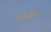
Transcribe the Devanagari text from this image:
स्कवेयर